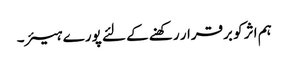
ہم اثر کو برقرار رکھنے کے لئے پورے ہیئر۔